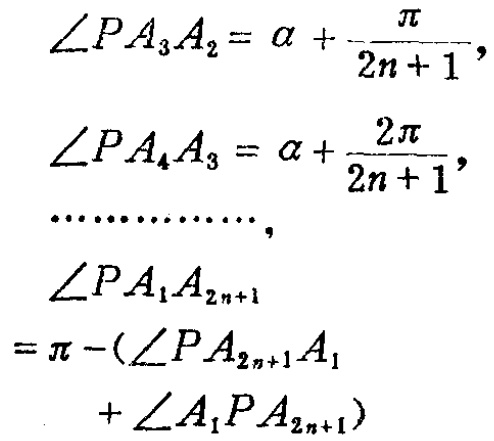
\[\begin{align*}
\angle PA_{3}A_{2}&=\alpha+\frac{\pi}{2n + 1},\\
\angle PA_{4}A_{3}&=\alpha+\frac{2\pi}{2n + 1},\\
&\cdots\cdots\cdots\cdots,\\
\angle PA_{1}A_{2n+1}&=\pi - (\angle PA_{2n+1}A_{1}+\angle A_{1}PA_{2n+1})
\end{align*}\]